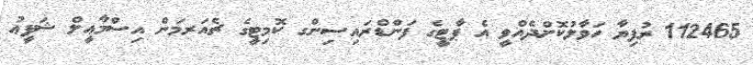
112465 ރުފިޔާ ހަވާލުކޮށްދެއްވީ އެ ޕާޓީގެ ފަންޑްރައިސިންގ ކޮމިޓީގެ ޗެއަރމަން އިސްމާޢީލް ޝަފީޢު